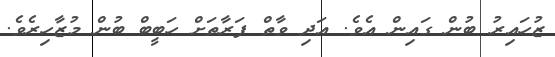
ޒުހައިރު ބުން ގައިން އެވެ. އަދި ވާތް ފަރާތަށް ހަބީބް ބުން މުޒާހިރެވެ.